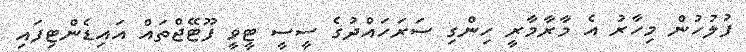
ފުލުހުން މިހާރު އެ މާރާމާރީ ހިންގި ސަރަހައްދުގެ ސީސީ ޓީވީ ފޫޓޭޖްތައް އައިޑެންޓިފައި